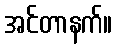
အင်တာနက်။